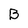
Character: B